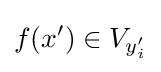
f(x')\in V_{y'_{i}}